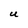
Character: U